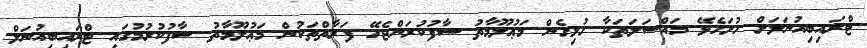
ޓްރައިބިއުނަލަށް ހުށަހެޅޭ މައްސަލަތަކާ ގުޅިގެން މަޢުލޫމާތު ސާފުކުރަންޖެހޭ ފަރާތްތަކުން މަޢުލޫމާތު ސާފުކުރުމުގައި ޓްރައިބިއުނަލް